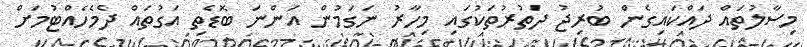
މިސާލުތައް ދައްކައިގެން ބުރިޖު ދަތުރުތަކުގައި މިހާރު ނަގަމުން އަންނަ ބޮޑެތި އަގުތައް ދެމެހެއްޓުމަށް